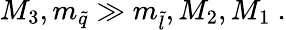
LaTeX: M_{3},m_{\tilde{q}}\gg m_{\tilde{l}},M_{2},M_{1}\ .